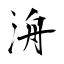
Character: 洀